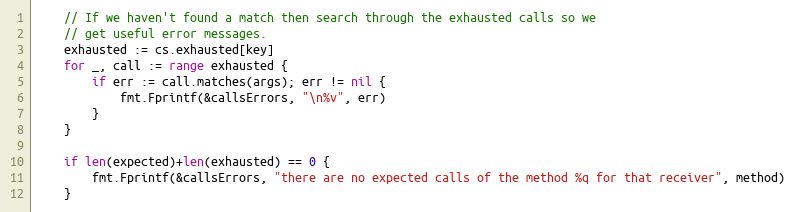
Language: Go
	// If we haven't found a match then search through the exhausted calls so we
	// get useful error messages.
	exhausted := cs.exhausted[key]
	for _, call := range exhausted {
		if err := call.matches(args); err != nil {
			fmt.Fprintf(&callsErrors, "\n%v", err)
		}
	}

	if len(expected)+len(exhausted) == 0 {
		fmt.Fprintf(&callsErrors, "there are no expected calls of the method %q for that receiver", method)
	}